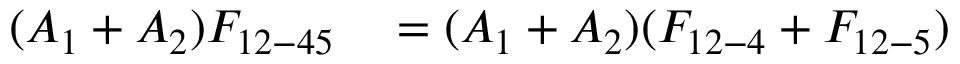
\begin{array} { r l } { ( A _ { 1 } + A _ { 2 } ) F _ { 1 2 - 4 5 } } & { { } = ( A _ { 1 } + A _ { 2 } ) ( F _ { 1 2 - 4 } + F _ { 1 2 - 5 } ) } \end{array}